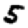
Digit: 5